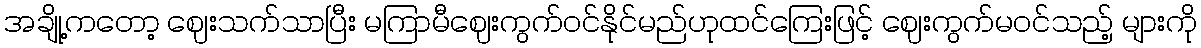
အချို့ကတော့ ဈေးသက်သာပြီး မကြာမီဈေးကွက်ဝင်နိုင်မည်ဟုထင်ကြေးဖြင့် ဈေးကွက်မဝင်သည့် များကို